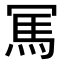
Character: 𠖖